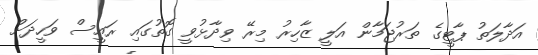
އަދާލަތު ޕާޓީގެ ތަރުޖަމާން އަލީ ޒާހިރު މިރޭ ވިދާޅުވީ ގޮތުގައި ރައީސް ވަހީދަށް